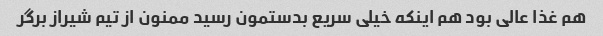
هم غذا عالی بود هم اینکه خیلی سریع بدستمون رسید ممنون از تیم شیراز برگر